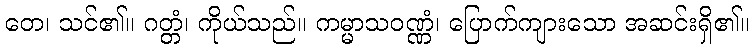
တေ၊ သင်၏။ ဂတ္တံ၊ ကိုယ်သည်။ ကမ္မာသဝဏ္ဏံ၊ ပြောက်ကျားသော အဆင်းရှိ၏။